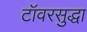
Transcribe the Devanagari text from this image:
टॉवरसुद्धा